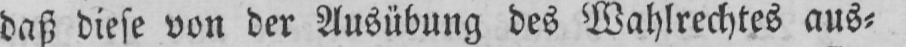
daß diese von der Ausübung des Wahlrechtes aus⸗